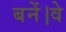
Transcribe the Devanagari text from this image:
बनें।वे